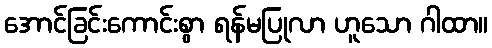
အောင်ခြင်းကောင်းစွာ ရန်မပြုလာ ဟူသော ဂါထာ။